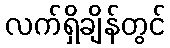
လက်ရှိချိန်တွင်